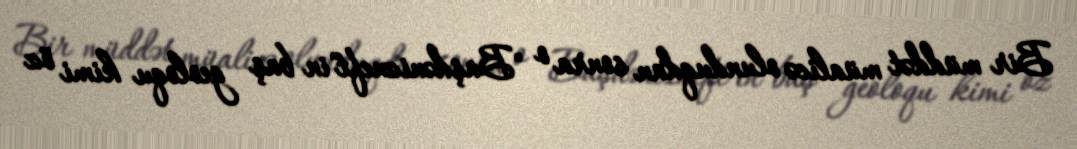
Bir müddət müalicə olunduqdan sonra o "Başdənizneft"in baş geoloqu kimi öz